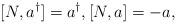
LaTeX: \begin{align*}[ N, a^{\dagger} ] =a^{\dagger}, [N, a]= -a,\end{align*}